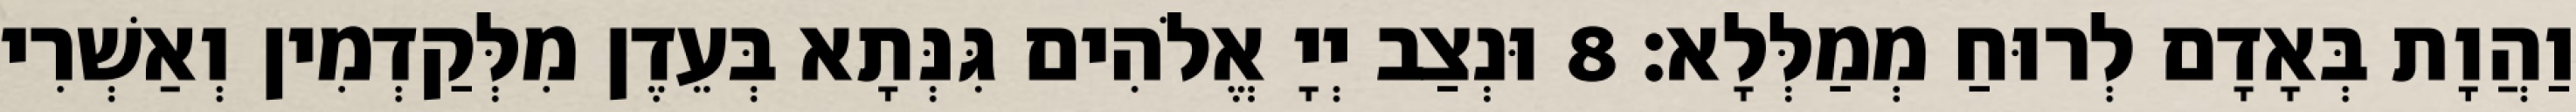
וַהֲוָת בְּאָדָם לְרוּחַ מְמַלְּלָא׃ 8 וּנְצַב יְיָ אֱלֹהִים גִּנְּתָא בְּעֵדֶן מִלְּקַדְמִין וְאַשְׁרִי